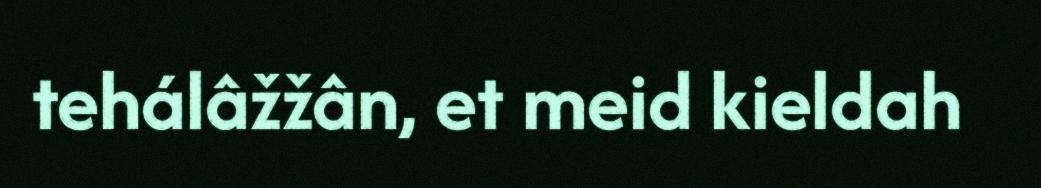
tehálâžžân, et meid kieldah